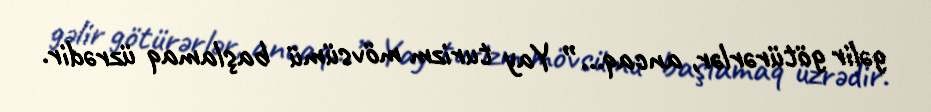
gəlir götürərlər, ancaq...” Yay turizm mövsümü başlamaq üzrədir.